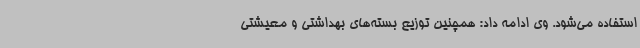
استفاده می‌شود. وی ادامه داد: همچنین توزیع بسته‌های بهداشتی و معیشتی